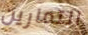
التمارين